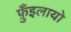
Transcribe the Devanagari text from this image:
फ़ुँइलायो